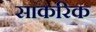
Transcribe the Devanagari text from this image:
साकरिक